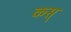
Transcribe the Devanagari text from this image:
कस्